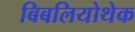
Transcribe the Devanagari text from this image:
बिबलियोथेक